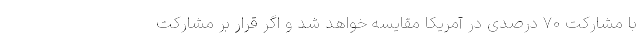
با مشارکت 70 درصدی در آمریکا مقایسه خواهد شد و اگر قرار بر مشارکت